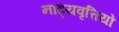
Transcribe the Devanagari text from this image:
नाट्यवृत्तियों